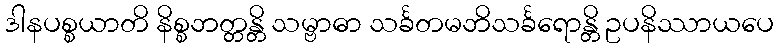
ဒါနပစ္စယာတိ နိစ္စဘတ္တန္တိ သမ္ဗာဓာ သင်္ခတမဘိသင်္ခရောန္တိ ဥပနိဿာယပေ